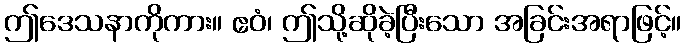
ဤဒေသနာကိုကား။ ဧဝံ၊ ဤသို့ဆိုခဲ့ပြီးသော အခြင်းအရာဖြင့်။